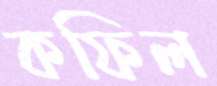
কফিল